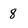
Character: 8